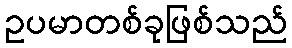
ဥပမာတစ်ခုဖြစ်သည်